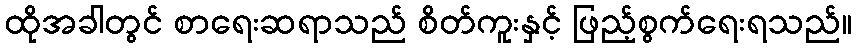
ထိုအခါတွင် စာရေးဆရာသည် စိတ်ကူးနှင့် ဖြည့်စွက်ရေးရသည်။